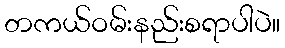
တကယ်ဝမ်းနည်းစရာပါပဲ။